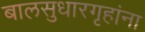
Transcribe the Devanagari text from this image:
बालसुधारगृहांना